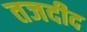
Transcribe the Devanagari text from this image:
तजदीद